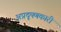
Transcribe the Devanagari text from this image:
अप्रदूषणकारी